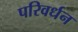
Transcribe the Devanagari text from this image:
परिवर्धन